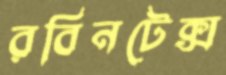
রবিনটেক্স